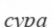
сура